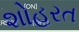
શોહરત